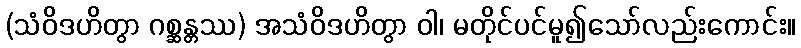
(သံဝိဒဟိတွာ ဂစ္ဆန္တဿ) အသံဝိဒဟိတွာ ဝါ၊ မတိုင်ပင်မူ၍သော်လည်းကောင်း။